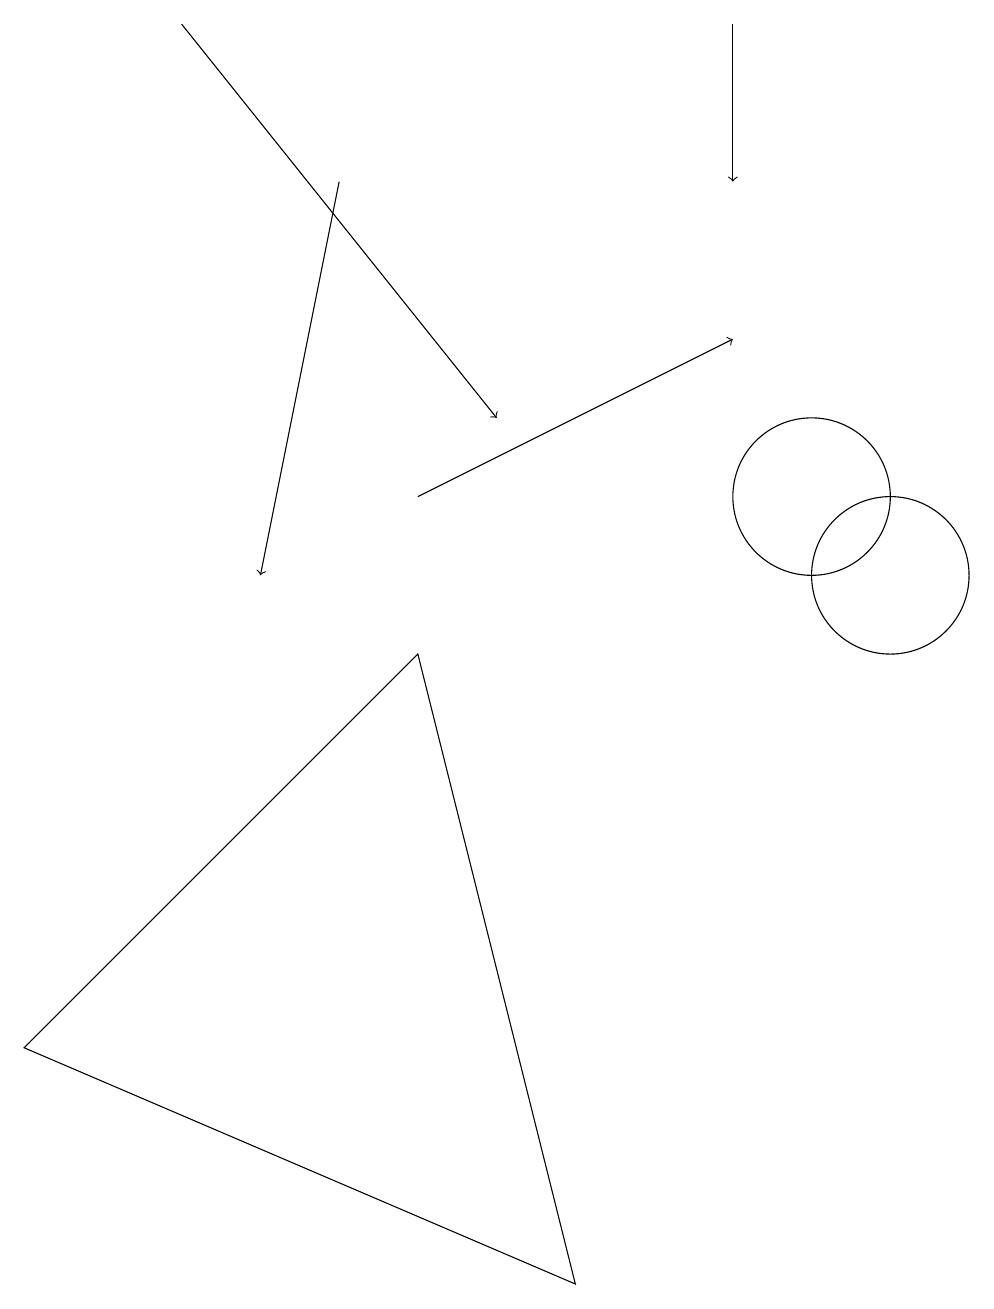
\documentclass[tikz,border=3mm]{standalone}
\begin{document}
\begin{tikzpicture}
\draw (11,10) circle (1);
\draw[->] (2,17) -- (6,12);
\draw (11,11) circle (0);
\draw[->] (5,11) -- (9,13);
\draw (0,4) -- (7,1) -- (5,9) -- cycle;
\draw (10,11) circle (1);
\draw[->] (4,15) -- (3,10);
\draw[->] (9,17) -- (9,15);
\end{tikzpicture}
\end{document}